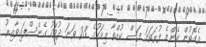
އެގޮތުން އެންމެ ފުރަތަމަ ފަސް ކުއްތާ މިމަހުގެ 23 ވަނަ ދުވަހު ގެނެސްފައިވާއިރު